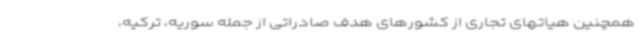
همچنین هیاتهای تجاری از کشورهای هدف صادراتی از جمله سوریه، ترکیه،